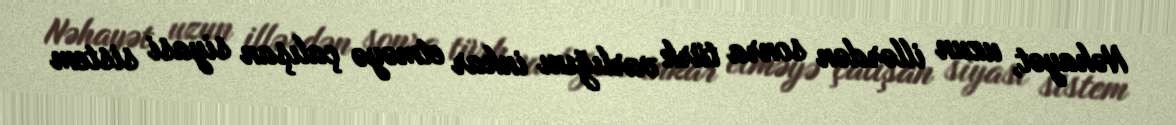
Nəhayət, uzun illərdən sonra türk varlığını inkar etməyə çalışan siyasi sistem